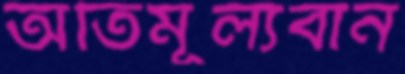
অতিমূল্যবান